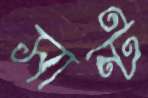
সান্ট